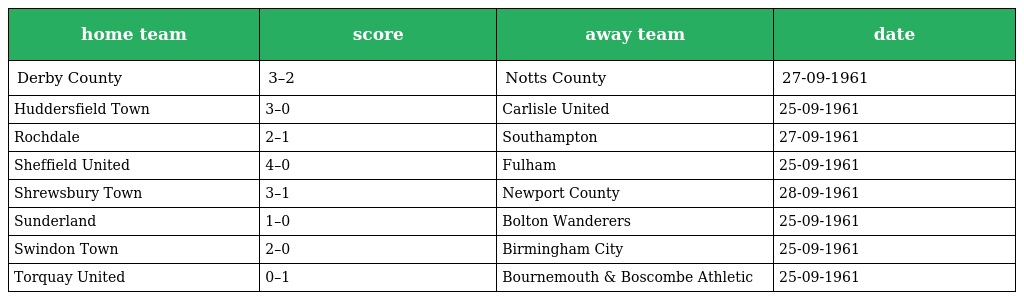
| home team | score | away team | date |
 | --- | --- | --- | --- |
 | Derby County | 3–2 | Notts County | 27-09-1961 |
 | Huddersfield Town | 3–0 | Carlisle United | 25-09-1961 |
 | Rochdale | 2–1 | Southampton | 27-09-1961 |
 | Sheffield United | 4–0 | Fulham | 25-09-1961 |
 | Shrewsbury Town | 3–1 | Newport County | 28-09-1961 |
 | Sunderland | 1–0 | Bolton Wanderers | 25-09-1961 |
 | Swindon Town | 2–0 | Birmingham City | 25-09-1961 |
 | Torquay United | 0–1 | Bournemouth & Boscombe Athletic | 25-09-1961 |